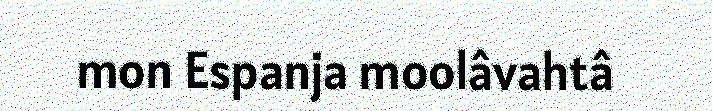
mon Espanja moolâvahtâ